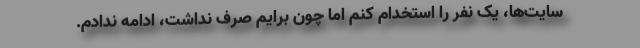
سایت‌ها، یک نفر را استخدام کنم اما چون برایم صرف نداشت، ادامه ندادم.